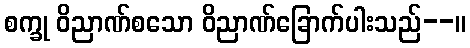
စက္ခု ဝိညာဏ်စသော ဝိညာဏ်ခြောက်ပါးသည်--။